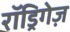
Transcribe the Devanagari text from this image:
रॉड्रिगेज़